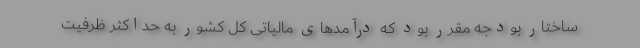
ساختار بودجه مقرر بود که درآمدهای مالیاتی کل کشور به حداکثر ظرفیت